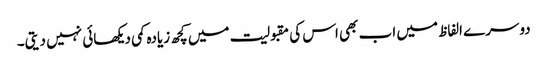
دوسرے الفاظ میں اب بھی اس کی مقبولیت میں کچھ زیادہ کمی دیکھائی نہیں دیتی۔